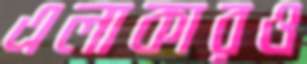
এলাকারও